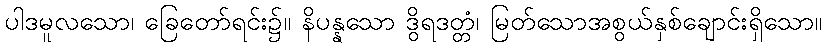
ပါဒမူလသော၊ ခြေတော်ရင်း၌။ နိပန္နသော ဒွိရဒတ္တံ၊ မြတ်သောအစွယ်နှစ်ချောင်းရှိသော။